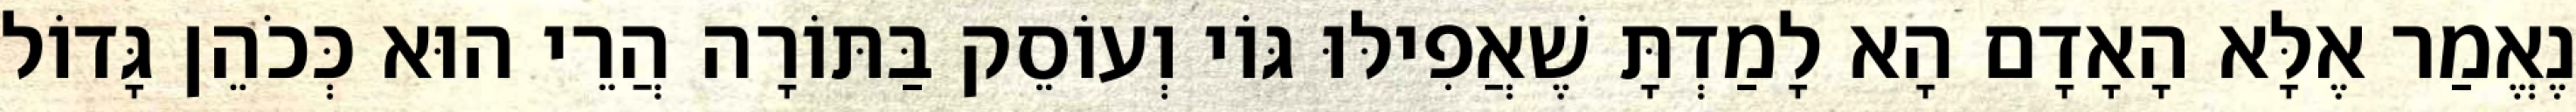
נֶאֱמַר אֶלָּא הָאָדָם הָא לָמַדְתָּ שֶׁאֲפִילּוּ גּוֹי וְעוֹסֵק בַּתּוֹרָה הֲרֵי הוּא כְּכֹהֵן גָּדוֹל